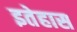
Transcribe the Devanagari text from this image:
इतेहास